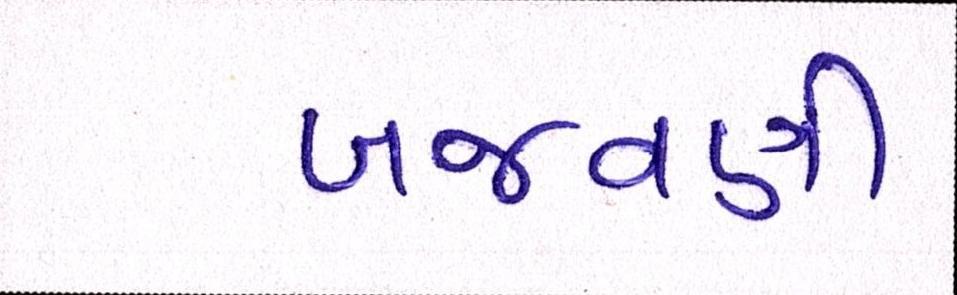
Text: બજવણી